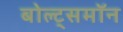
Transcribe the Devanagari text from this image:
बोल्ट्समॉन